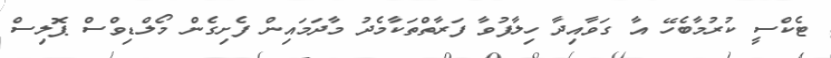
ޓެކްސީ ކުރުމާބެހޭ އާ ގަވާއިދާ ހިލާފުވާ ފަރާތްތަކާމެދު މާދަމައިން ފެށިގެން މޯލްޑިވްސް ޕޮލިސް